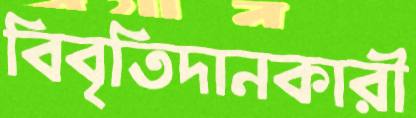
বিবৃতিদানকারী